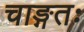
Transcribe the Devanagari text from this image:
चाङ्गतः